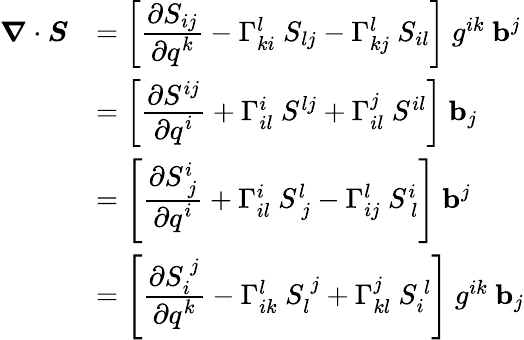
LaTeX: {\begin{array}{rl}{{\boldsymbol{\nabla}}\cdot{\boldsymbol{S}}}&{=\left[{\cfrac{\partial S_{ij}}{\partial q^{k}}}-\Gamma_{ki}^{l}~S_{lj}-\Gamma_{kj}^{l}~S_{il}\right]~g^{ik}~\mathbf{b}^{j}}\\ &{=\left[{\cfrac{\partial S^{ij}}{\partial q^{i}}}+\Gamma_{il}^{i}~S^{lj}+\Gamma_{il}^{j}~S^{il}\right]~\mathbf{b}_{j}}\\ &{=\left[{\cfrac{\partial S_{~j}^{i}}{\partial q^{i}}}+\Gamma_{il}^{i}~S_{~j}^{l}-\Gamma_{ij}^{l}~S_{~l}^{i}\right]~\mathbf{b}^{j}}\\ &{=\left[{\cfrac{\partial S_{i}^{~j}}{\partial q^{k}}}-\Gamma_{ik}^{l}~S_{l}^{~j}+\Gamma_{kl}^{j}~S_{i}^{~l}\right]~g^{ik}~\mathbf{b}_{j}}\end{array}}